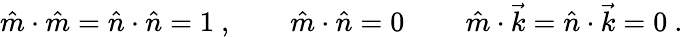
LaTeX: \hat{m}\cdot\hat{m}=\hat{n}\cdot\hat{n}=1\ ,\qquad\hat{m}\cdot\hat{n}=0\, \qquad\hat{m}\cdot\vec{k}=\hat{n}\cdot\vec{k}=0\ .